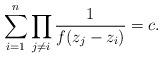
LaTeX: \begin{align*} \sum_{i = 1}^{n} \prod_{j \ne i} { 1 \over f(z_j - z_i)} = c.\end{align*}